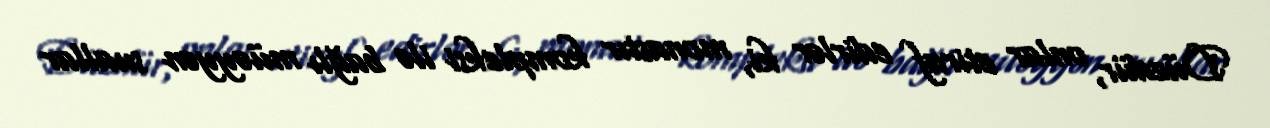
Düzdür, onlar etiraf edirlər ki, monastır kompleksi ilə bağlı müəyyən suallar